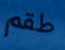
طقم